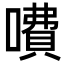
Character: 𠾚